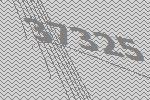
37325